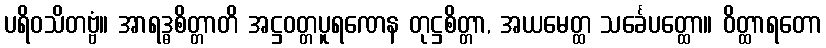
ပရိဝသိတဗ္ဗံ။ အာရဒ္ဓစိတ္တာတိ အဋ္ဌဝတ္တပူရဏေန တုဋ္ဌစိတ္တာ, အယမေတ္ထ သင်္ခေပတ္ထော။ ဝိတ္ထာရတော